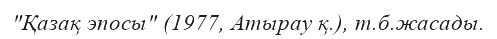
"Қазақ эпосы" (1977, Атырау қ.), т.б.жасады.